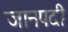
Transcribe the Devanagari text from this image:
जानपदी